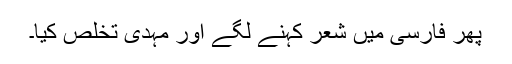
پھر فارسی میں شعر کہنے لگے اور مہدیؔ تخلص کیا۔